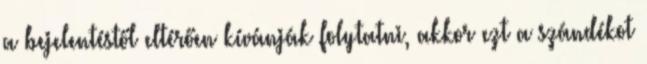
a bejelentéstől eltérően kívánják folytatni, akkor ezt a szándékot